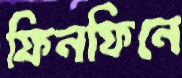
ফিনফিনে